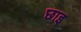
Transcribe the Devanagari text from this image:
छाइ